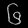
Digit: ၆